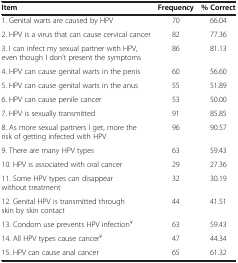
<table><thead><tr><td><b>Item</b></td><td><b>Frequency</b></td><td><b>% Correct</b></td></tr></thead><tbody><tr><td>1. Genital warts are caused by HPV</td><td>70</td><td>66.04</td></tr><tr><td>2. HPV is a virus that can cause cervical cancer</td><td>82</td><td>77.36</td></tr><tr><td>3. I can infect my sexual partner with HPV, even though I don’t present the symptoms</td><td>86</td><td>81.13</td></tr><tr><td>4. HPV can cause genital warts in the penis</td><td>60</td><td>56.60</td></tr><tr><td>5. HPV can cause genital warts in the anus</td><td>55</td><td>51.89</td></tr><tr><td>6. HPV can cause penile cancer</td><td>53</td><td>50.00</td></tr><tr><td>7. HPV is sexually transmitted</td><td>91</td><td>85.85</td></tr><tr><td>8. As more sexual partners I get, more the risk of getting infected with HPV</td><td>96</td><td>90.57</td></tr><tr><td>9. There are many HPV types</td><td>63</td><td>59.43</td></tr><tr><td>10. HPV is associated with oral cancer</td><td>29</td><td>27.36</td></tr><tr><td>11. Some HPV types can disappear without treatment</td><td>32</td><td>30.19</td></tr><tr><td>12. Genital HPV is transmitted through skin by skin contact</td><td>44</td><td>41.51</td></tr><tr><td>13. Condom use prevents HPV infection<sup>¥</sup></td><td>63</td><td>59.43</td></tr><tr><td>14. All HPV types cause cancer<sup>¥</sup></td><td>47</td><td>44.34</td></tr><tr><td>15. HPV can cause anal cancer</td><td>65</td><td>61.32</td></tr></tbody></table>